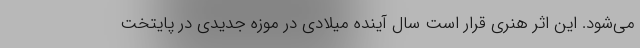
می‌شود. این اثر هنری قرار است سال آینده میلادی در موزه جدیدی در پایتخت